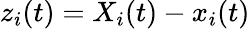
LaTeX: z_{i}(t)=X_{i}(t)-x_{i}(t)